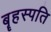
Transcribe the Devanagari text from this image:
बॄहस्पति